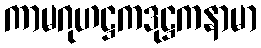
ကာမဂုဟဋ္ဌကဒုဋ္ဌကနာမာ